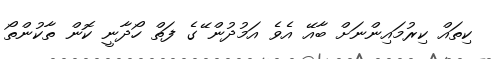
ކިތައް ކިރުމައިންނަށް ބާއޭ އެވެ އަމުދުން ޭގެ ފަތް ހޯދާނީ ކޮން ތާކުންތޯ